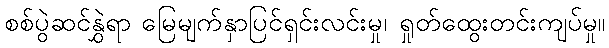
စစ်ပွဲဆင်နွှဲရာ မြေမျက်နှာပြင်ရှင်းလင်းမှု၊ ရှုတ်ထွေးတင်းကျပ်မှု။